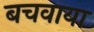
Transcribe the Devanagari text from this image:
बचवाया